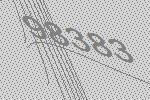
98383